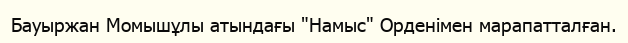
Бауыржан Момышұлы атындағы "Намыс" Орденімен марапатталған.